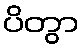
ပိတွာ